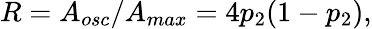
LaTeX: R=A_{osc}/A_{max}=4p_{2}(1-p_{2}),